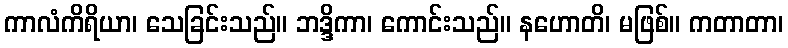
ကာလံကိရိယာ၊ သေခြင်းသည်။ ဘဒ္ဒိကာ၊ ကောင်းသည်။ နဟောတိ၊ မဖြစ်။ ကတာတာ၊